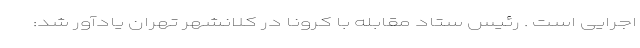
اجرایی است . رئیس ستاد مقابله با کرونا در کلانشهر تهران یادآور شد: